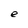
Character: e